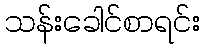
သန်းခေါင်စာရင်း